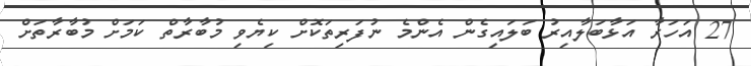
27 އަހަރާ އަޅާބަލާއިރު ބަލައިގެން އެންމެ ނުފަރިތަކޮށް ކިޔެވި މުބާރާތް ކަމަށް މުބާރާތަށް